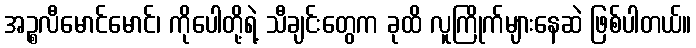
အဉ္စလီမောင်မောင်၊ ကိုပေါတို့ရဲ့ သီချင်းတွေက ခုထိ လူကြိုက်များနေဆဲ ဖြစ်ပါတယ်။